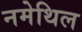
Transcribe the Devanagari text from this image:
नमेथिल